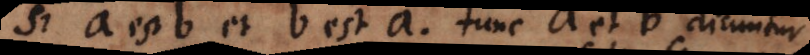
Si a est b et b est a, tunc a et b dicuntur